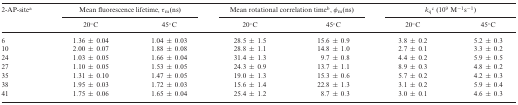
<table><thead><tr><td><b>2-AP-site<sup>a</sup></b></td><td colspan="2"><b>Mean fluorescence lifetime, <i>τ</i><sub>m</sub>(ns)</b></td><td colspan="2"><b>Mean rotational correlation time<sup>b</sup>, <i>φ</i><sub>m</sub>(ns)</b></td><td colspan="2"><b><i>k</i><sub>q</sub><sup>c</sup> (10<sup>9</sup> M<sup>−1</sup>s<sup>−1</sup>)</b></td></tr><tr><td></td><td><b>20°C</b></td><td><b>45°C</b></td><td><b>20°C</b></td><td><b>45°C</b></td><td><b>20°C</b></td><td><b>45°C</b></td></tr></thead><tbody><tr><td>6</td><td>1.36 ± 0.04</td><td>1.04 ± 0.03</td><td>28.5 ± 1.5</td><td>15.6 ± 0.9</td><td>3.8 ± 0.2</td><td>5.2 ± 0.3</td></tr><tr><td>10</td><td>2.00 ± 0.07</td><td>1.88 ± 0.08</td><td>28.8 ± 1.1</td><td>14.8 ± 1.0</td><td>2.7 ± 0.1</td><td>3.3 ± 0.2</td></tr><tr><td>24</td><td>1.03 ± 0.05</td><td>1.66 ± 0.04</td><td>31.4 ± 1.3</td><td>9.7 ± 0.8</td><td>4.4 ± 0.2</td><td>5.9 ± 0.5</td></tr><tr><td>27</td><td>1.10 ± 0.05</td><td>1.53 ± 0.05</td><td>24.3 ± 0.9</td><td>13.7 ± 1.1</td><td>8.9 ± 0.3</td><td>4.8 ± 0.2</td></tr><tr><td>35</td><td>1.31 ± 0.10</td><td>1.47 ± 0.05</td><td>19.0 ± 1.3</td><td>15.3 ± 0.6</td><td>5.7 ± 0.2</td><td>4.2 ± 0.3</td></tr><tr><td>38</td><td>1.95 ± 0.03</td><td>1.72 ± 0.03</td><td>15.6 ± 1.4</td><td>22.8 ± 1.3</td><td>3.1 ± 0.2</td><td>5.9 ± 0.4</td></tr><tr><td>41</td><td>1.75 ± 0.06</td><td>1.65 ± 0.04</td><td>25.4 ± 1.2</td><td>8.7 ± 0.3</td><td>3.0 ± 0.1</td><td>4.6 ± 0.3</td></tr></tbody></table>